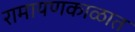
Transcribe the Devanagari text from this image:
रामायणकाळात